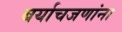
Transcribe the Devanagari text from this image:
बर्याचजणांना